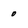
Character: 0